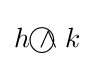
h{~\wedge \!\!\!\!\!\!\!\!\;\bigcirc ~}k